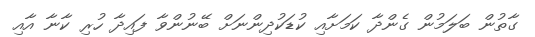
ގާތުން ބަލަމުން ގެންދާ ކަމަށާއި ކުޑަކުދިންނަށް ބޭނުންވާ ފައިދާ ހުރި ކާނާ އާއި